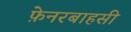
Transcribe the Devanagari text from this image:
फ़ेनरबाहसी